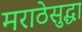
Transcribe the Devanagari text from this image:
मराठेसुद्धा